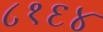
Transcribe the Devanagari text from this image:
८१६४